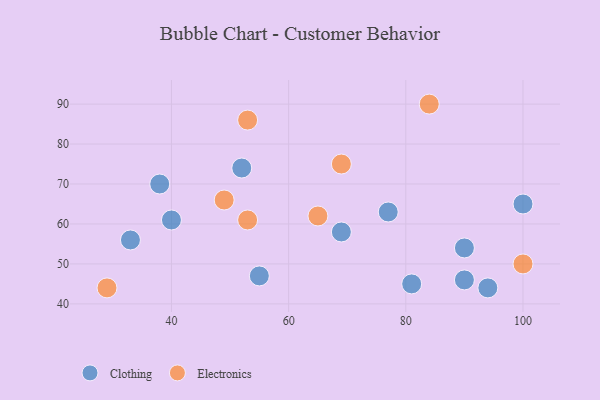
{"axis": {"x": "GDP", "y": "Life Expectancy"}, "legend": ["Clothing", "Electronics"], "data": [{"x": "100", "y": 65, "type": "Clothing"}, {"x": "81", "y": 45, "type": "Clothing"}, {"x": "90", "y": 46, "type": "Clothing"}, {"x": "90", "y": 54, "type": "Clothing"}, {"x": "40", "y": 61, "type": "Clothing"}, {"x": "69", "y": 58, "type": "Clothing"}, {"x": "52", "y": 74, "type": "Clothing"}, {"x": "33", "y": 56, "type": "Clothing"}, {"x": "77", "y": 63, "type": "Clothing"}, {"x": "55", "y": 47, "type": "Clothing"}, {"x": "38", "y": 70, "type": "Clothing"}, {"x": "94", "y": 44, "type": "Clothing"}, {"x": "49", "y": 66, "type": "Electronics"}, {"x": "29", "y": 44, "type": "Electronics"}, {"x": "53", "y": 61, "type": "Electronics"}, {"x": "53", "y": 86, "type": "Electronics"}, {"x": "84", "y": 90, "type": "Electronics"}, {"x": "100", "y": 50, "type": "Electronics"}, {"x": "69", "y": 75, "type": "Electronics"}, {"x": "65", "y": 62, "type": "Electronics"}]}